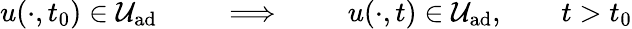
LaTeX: u(\cdot,t_{0})\in\mathcal{U}_{\textrm{ad}}\qquad\implies\qquad u(\cdot,t)\in\mathcal{U}_{\textrm{ad}},\qquad t>t_{0}